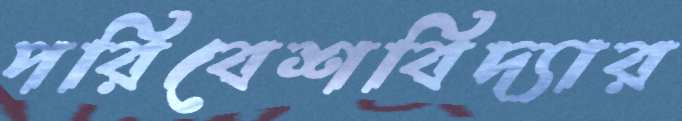
পরিবেশবিদ্যার